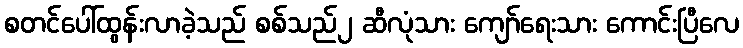
စတင်ပေါ်ထွန်းလာခဲ့သည် စစ်သည်၂ ဆီလုံသား ကျော်ရေးသား ကောင်းပြီလေ